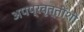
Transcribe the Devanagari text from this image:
अपप्रवृत्तींशी